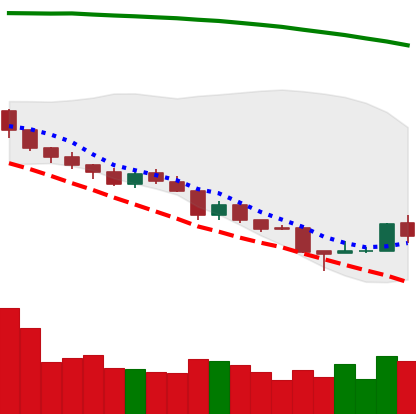
Ticker: TRX-USD
Chart end date: 2018-08-18
Forward return: -3.922%
Label: down_3_5